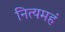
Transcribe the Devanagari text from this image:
नित्यमहं